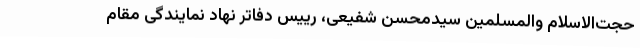
حجت‌الاسلام والمسلمین سیدمحسن شفیعی، رییس دفاتر نهاد نمایندگی مقام